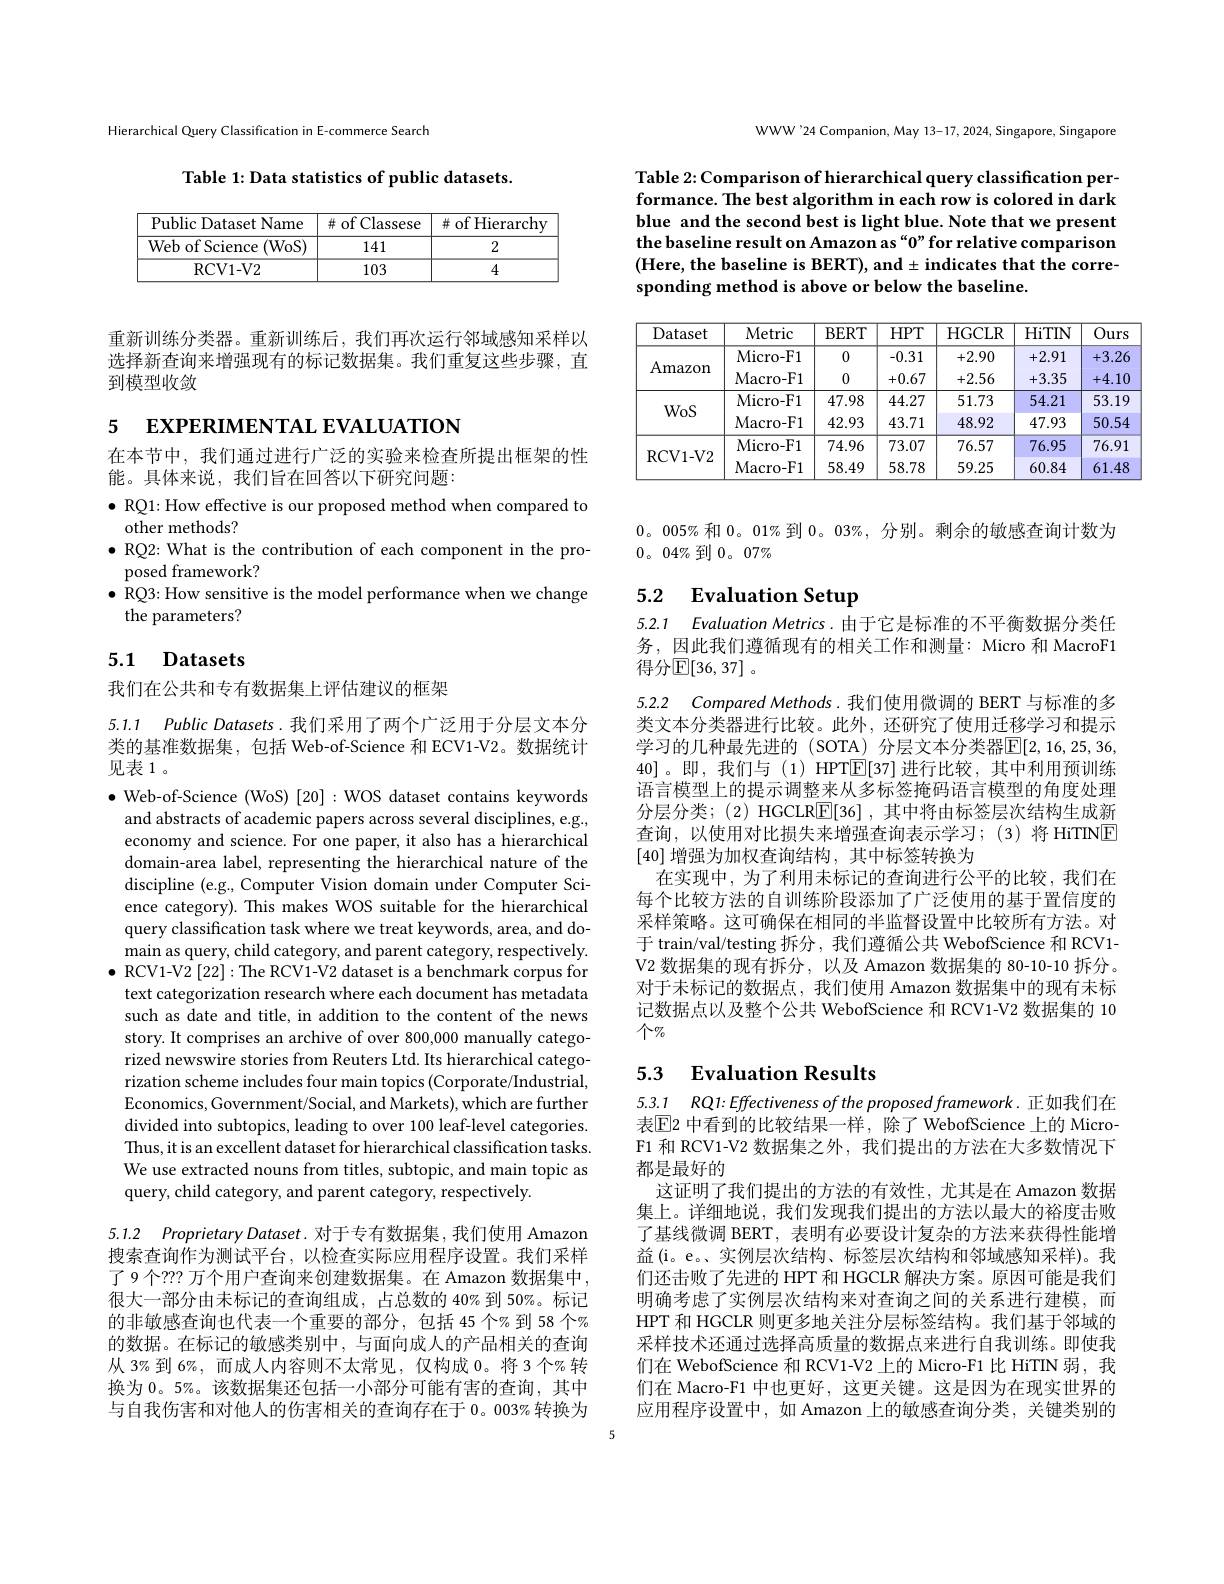
Hierarchical Query Classification in E-commerce Search

Table 1: Data statistics of public datasets.

<table>
	<tbody>
		<tr>
			<th>Public Dataset Name</th>
			<th># of Classese</th>
			<th>$\#$ of Hierarchy</th>
		</tr>
		<tr>
			<td>Web of Science (WoS)</td>
			<td>141</td>
			<td>2</td>
		</tr>
		<tr>
			<td>RCV1- V2</td>
			<td>103</td>
			<td>4</td>
		</tr>
	</tbody>
</table>

重新训练分类器。重新训练后，我们再次运行邻域感知采样以选择新查询来增强现有的标记数据集。我们重复这些步骤，直到模型收敛

5 EXPERIMENTAL EVALUATION

在本节中，我们通过进行广泛的实验来检查所提出框架的性
能。具体来说，我们旨在回答以下研究问题：

$\bullet$ RQ1: How effective is our proposed method when compared to
other methods?
$\bullet$ RQ2: What is the contribution of each component in the pro-
posed framework?
$\bullet$ RQ3: How sensitive is the model performance when we change
the parameters?

## 5.1 Datasets

我们在公共和专有数据集上评估建议的框架

5.1.1 Public Datasets.我们采用了两个广泛用于分层文本分类的基准数据集，包括 Web-of-Science 和 ECV1-V2。数据统计见表1。

$\bullet$ Web-of-Science (WoS) [20]:WOS dataset contains keywords
and abstracts of academic papers across several disciplines, e.g. economy and science. For one paper, it also has a hierarchical domain-area label, representing the hierarchical nature of the discipline (e.g., Computer Vision domain under Computer Science category). This makes WOS suitable for the hierarchical query classification task where we treat keywords, area, and domain as query, child category, and parent category, respectively.
$\bullet$ RCV1-V2 [22]: The RCV1-V2 dataset is a benchmark corpus for text categorization research where each document has metadata such as date and title, in addition to the content of the news story. It comprises an archive of over 800,000 manually categorized newswire stories from Reuters Ltd. Its hierarchical categorization scheme includes four main topics (Corporate/Industrial, Economics, Government/Social, and Markets), which are further divided into subtopics, leading to over 100 leaf-level categories. Thus, it is an excellent dataset for hierarchical classification tasks. We use extracted nouns from titles, subtopic, and main topic as query, child category, and parent category, respectively.

5.1.2 Proprietary Dataset. 对于专有数据集，我们使用 Amazon 搜索查询作为测试平台，以检查实际应用程序设置。我们采样

了9个？?? 万个用户查询来创建数据集。在 Amazon 数据集中， 很大一部分由未标记的查询组成，占总数的 40% 到 50%。标记的非敏感查询也代表一个重要的部分，包括 45 个%到 58 个% 的数据。在标记的敏感类别中，与面向成人的产品相关的查询从 3% 到 6%, 而成人内容则不太常见，仅构成 0。将 3个%转换为 0。5%。该数据集还包括一小部分可能有害的查询，其中与自我伤害和对他人的伤害相关的查询存在于 0。003% 转换为

WWW'24 Companion, May 13-17, 2024, Singapore, Singapore

Table 2: Comparison of hierarchical query classification performance. The best algorithm in each row is colored in dark blue and the second best is light blue. Note that we present the baseline result on Amazon as“0”for relative comparison (Here, the baseline is BERT), and± indicates that the corresponding method is above or below the baseline.

<table>
	<tbody>
		<tr>
			<th>Dataset</th>
			<th>Metric</th>
			<th>$BERT$</th>
			<th>$HPT$</th>
			<th>HGCLR</th>
			<th>HiTIN</th>
			<th>Ours</th>
		</tr>
		<tr>
			<td rowspan="2">Amazon</td>
			<td>Micro- F1</td>
			<td>0</td>
			<td>-0.31</td>
			<td>+2.90</td>
			<td>2.91 +</td>
			<td>+3.26</td>
		</tr>
		<tr>
			<td>Macro- F1</td>
			<td>0</td>
			<td>+0.67</td>
			<td>+2.56</td>
			<td>.3.35 十</td>
			<td>+4.10</td>
		</tr>
		<tr>
			<td rowspan="2">WoS</td>
			<td>Micro- F1</td>
			<td>47.98</td>
			<td>44.27</td>
			<td>51.73</td>
			<td>54.21</td>
			<td>53.19</td>
		</tr>
		<tr>
			<td>Macro- F1</td>
			<td>42.93</td>
			<td>43.71</td>
			<td>48.92</td>
			<td>47.93</td>
			<td>50.54</td>
		</tr>
		<tr>
			<td rowspan="2">RCV1- V2</td>
			<td>Micro- F1</td>
			<td>74.96</td>
			<td>73.07</td>
			<td>76.57</td>
			<td>76.95</td>
			<td>76.91</td>
		</tr>
		<tr>
			<td>Macro- F1</td>
			<td>58.49</td>
			<td>58.78</td>
			<td>59.25</td>
			<td>60.84</td>
			<td>61.48</td>
		</tr>
	</tbody>
</table>

$0。005\%$和$0。01\%$到$0。03\%$,分别。剩余的敏感查询计数为
$0。04\%$到$0。07\%$

## 5.2 Evaluation Setup

5.2.1 Evaluation Metrics. 由于它是标准的不平衡数据分类任务，因此我们遵循现有的相关工作和测量：Micro 和 MacroF1得分$\mathbb{E}[36,37]$。

5.2.2 $ComparedMethods.$我们使用微调的 BERT 与标准的多类文本分类器进行比较。此外，还研究了使用迁移学习和提示学习的几种最先进的 (SOTA) 分层文本分类器$\mathbb{E}[2,16,25,36$, 40]。即，我们与(1)HPT$\mathbb{E}[37]$进行比较，其中利用预训练语言模型上的提示调整来从多标签掩码语言模型的角度处理分层分类；(2) HGCLR$\underline{\mathrm{E}}[36]$,其中将由标签层次结构生成新查询，以使用对比损失来增强查询表示学习；(3)将 HiTINE [40]增强为加权查询结构，其中标签转换为
在实现中，为了利用未标记的查询进行公平的比较，我们在每个比较方法的自训练阶段添加了广泛使用的基于置信度的采样策略。这可确保在相同的半监督设置中比较所有方法。对于 train/val/testing 拆分，我们遵循公共 WebofScience 和 RCV1- V2 数据集的现有拆分，以及 Amazon 数据集的 80-10-10 拆分。对于未标记的数据点，我们使用 Amazon 数据集中的现有未标记数据点以及整个公共 WebofScience 和 RCV1-V2 数据集的 10 $个\%$

# 5.3 Evaluation Results

5.3.1 $RQ1{: }Effectivenessoftheproposedframework.$正如我们在表$\mathbb{E}$2 中看到的比较结果一样，除了 WebofScience 上的 MicroF1 和 RCV1-V2 数据集之外，我们提出的方法在大多数情况下都是最好的
这证明了我们提出的方法的有效性，尤其是在 Amazon 数据集上。详细地说，我们发现我们提出的方法以最大的裕度击败了基线微调 BERT, 表明有必要设计复杂的方法来获得性能增益(i。e。、实例层次结构、标签层次结构和邻域感知采样)。我们还击败了先进的 HPT 和 HGCLR 解决方案。原因可能是我们明确考虑了实例层次结构来对查询之间的关系进行建模，而HPT 和 HGCLR 则更多地关注分层标签结构。我们基于邻域的采样技术还通过选择高质量的数据点来进行自我训练。即使我们在 WebofScience 和 RCV1-V2 上的 Micro-F1 比 HiTIN 弱，我们在 Macro-F1 中也更好，这更关键。这是因为在现实世界的应用程序设置中，如 Amazon 上的敏感查询分类，关键类别的